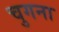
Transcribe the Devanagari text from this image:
चुगना